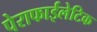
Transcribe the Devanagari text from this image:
पेराफाईलेटिक